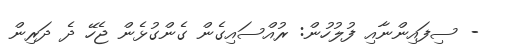
- ސިފައިންނާއި ފުލުހުން: ރުއްސައިގެން ގެންގުޅެން ޖެހޭ ދެ ދަރިން